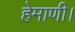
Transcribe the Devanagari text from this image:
हेमाणी।